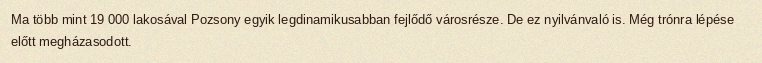
Ma több mint 19 000 lakosával Pozsony egyik legdinamikusabban fejlődő városrésze. De ez nyilvánvaló is. Még trónra lépése előtt megházasodott.